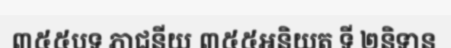
៣៥៥បទ ភាជនីយ ៣៥៥អនិយត ទី ២និទាន